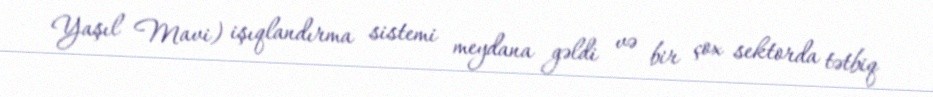
Yaşıl Mavi) işıqlandırma sistemi meydana gəldi və bir çox sektorda tətbiq